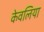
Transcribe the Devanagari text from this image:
केवलिया